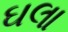
ઘલા